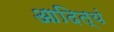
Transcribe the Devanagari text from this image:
आदित्यं